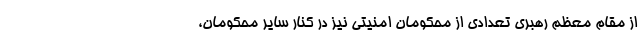
از مقام معظم رهبری تعدادی از محکومان امنیتی نیز در کنار سایر محکومان،